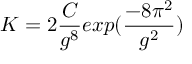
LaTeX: K = 2 { \frac { C } { g ^ { 8 } } } e x p ( { \frac { - 8 \pi ^ { 2 } } { g ^ { 2 } } } )